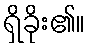
ရှိခိုး၏။